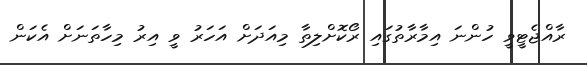
ރާއްޖެޓީވީ ހުންނަ އިމާރާތުގައި ރޯކޮށްލިތާ މިއަދަށް އަހަރު ވީ އިރު މިހާތަނަށް އެކަން